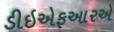
ડીઇએફઆરએ